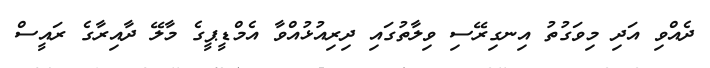
ދެއްވި އަދި މިވަގުތު އިނގިރޭސި ވިލާތުގައި ދިރިއުޅުއްވާ އެމްޑީޕީގެ މާލޭ ދާއިރާގެ ރައީސް